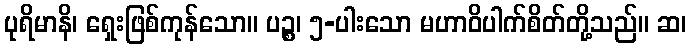
ပုရိမာနိ၊ ရှေးဖြစ်ကုန်သော။ ပဉ္စ၊ ၅-ပါးသော မဟာဝိပါက်စိတ်တို့သည်။ ဆ၊